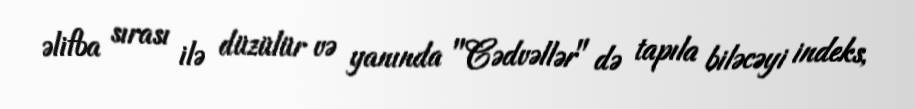
əlifba sırası ilə düzülür və yanında "Cədvəllər" də tapıla biləcəyi indeks,